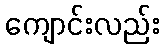
ကျောင်းလည်း